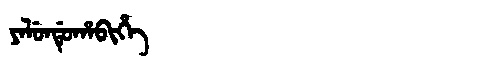
Manchu: ᠶᠠᠯᡠᠨᡩᡠᡥᠠᠪᡳᡥᡝ
Romanization: YALUNDUHABIHE